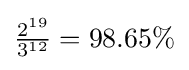
{\textstyle {\frac {2^{19}}{3^{12}}}=98.65\%}